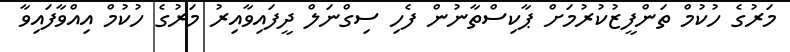
މަރުގެ ހުކުމް ތަންފީޒުކުރުމަށް ޕާކިސްތާނުން ފެހި ސިގްނަލް ދީފައިވާއިރު މަރުގެ ހުކުމް އިއްވާފައިވާ